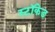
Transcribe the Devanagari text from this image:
स्टॉकेड